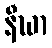
နီဃာ